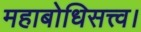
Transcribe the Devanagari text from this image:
महाबोधिसत्त्व।